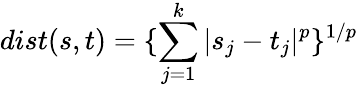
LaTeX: dist(s,t)=\{ \sum_{j=1}^{k}|s_{j}-t_{j}|^{p}\} ^{1/p}